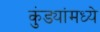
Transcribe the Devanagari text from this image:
कुंड्यांमध्ये